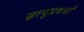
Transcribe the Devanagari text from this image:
स्नायुप्रवर्धों